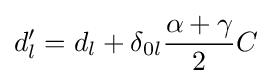
d'_{l}=d_{l}+\delta _{0l}{\frac {\alpha +\gamma }{2}}C